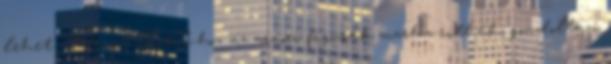
lehet. Mivel LotR-hoz az arnori figurák marha ritkák, gondoltam